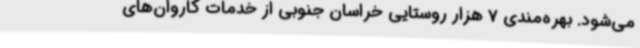
می‌شود. بهره‌مندی 7 هزار روستایی خراسان جنوبی از خدمات کاروان‌های